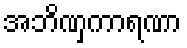
အဘိဏှကာရဏာ